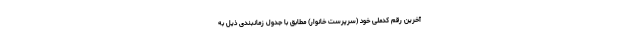
آخرین رقم کدملی خود (سرپرست خانوار) مطابق با جدول زمانبندی ذیل به